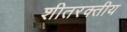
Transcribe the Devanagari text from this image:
शीतरक्तीय